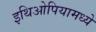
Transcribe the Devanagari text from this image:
इथिओपियामध्ये